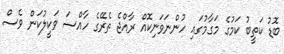
ބޮޑު ކަތީބު ކަމުގެ މަގާމުގައި ހުންނަވަނިކޮއް ރާއްޖެ ތެރޭގެ ހާއްސަ ވަކީލުކަން ވެސް